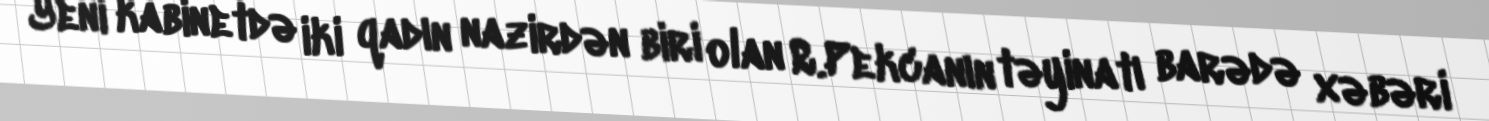
Yeni kabinetdə iki qadın nazirdən biri olan R.Pekcanın təyinatı barədə xəbəri